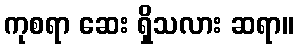
ကုစရာ ဆေး ရှိသလား ဆရာ။